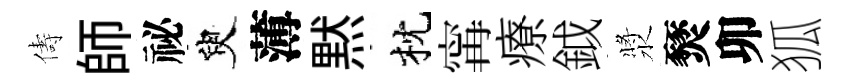
儔師祕臾薄黙枕𡩋療鉞漿燹卯狐